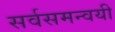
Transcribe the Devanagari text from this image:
सर्वसमन्‍वयी